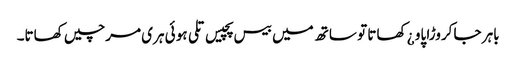
باہر جا کروڑا پاو ¿ کھاتا تو ساتھ میں بیس پچیس تلی ہو ئی ہری مرچیں کھاتا۔